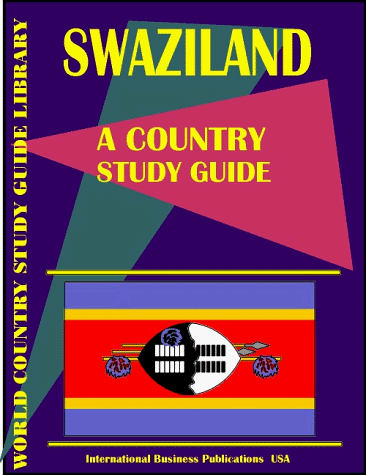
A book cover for Swaziland Country Study Guide (World Country Study Guide; Ibp Usa; Travel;